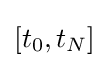
[t_{0},t_{N}]